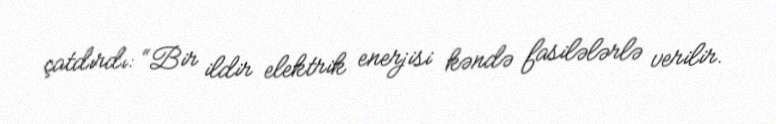
çatdırdı: “Bir ildir elektrik enerjisi kəndə fasilələrlə verilir.